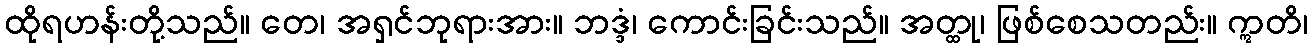
ထိုရဟန်းတို့သည်။ တေ၊ အရှင်ဘုရားအား။ ဘဒ္ဒံ၊ ကောင်းခြင်းသည်။ အတ္ထု၊ ဖြစ်စေသတည်း။ ဣတိ၊